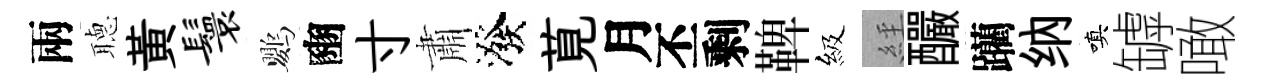
兩𦗟黃鬟鸚豳寸肅潑莧月丕剩鞞級𦀇釅躪纳嗔罅噉